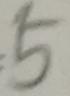
5